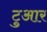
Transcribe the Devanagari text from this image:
टुआर